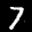
Label: 7